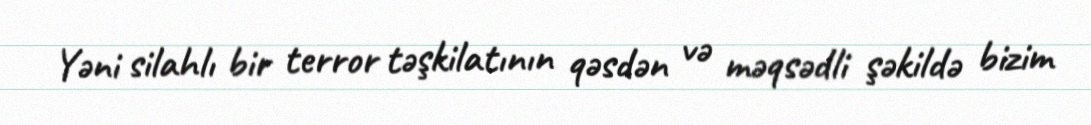
Yəni silahlı bir terror təşkilatının qəsdən və məqsədli şəkildə bizim